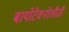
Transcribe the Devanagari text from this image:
बायोटेक्नोलौजी